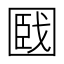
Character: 𡈑